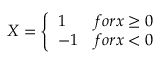
X = \left\{ \begin{array} { l l } { 1 } & { f o r x \ge 0 } \\ { - 1 } & { f o r x < 0 } \end{array} \right.